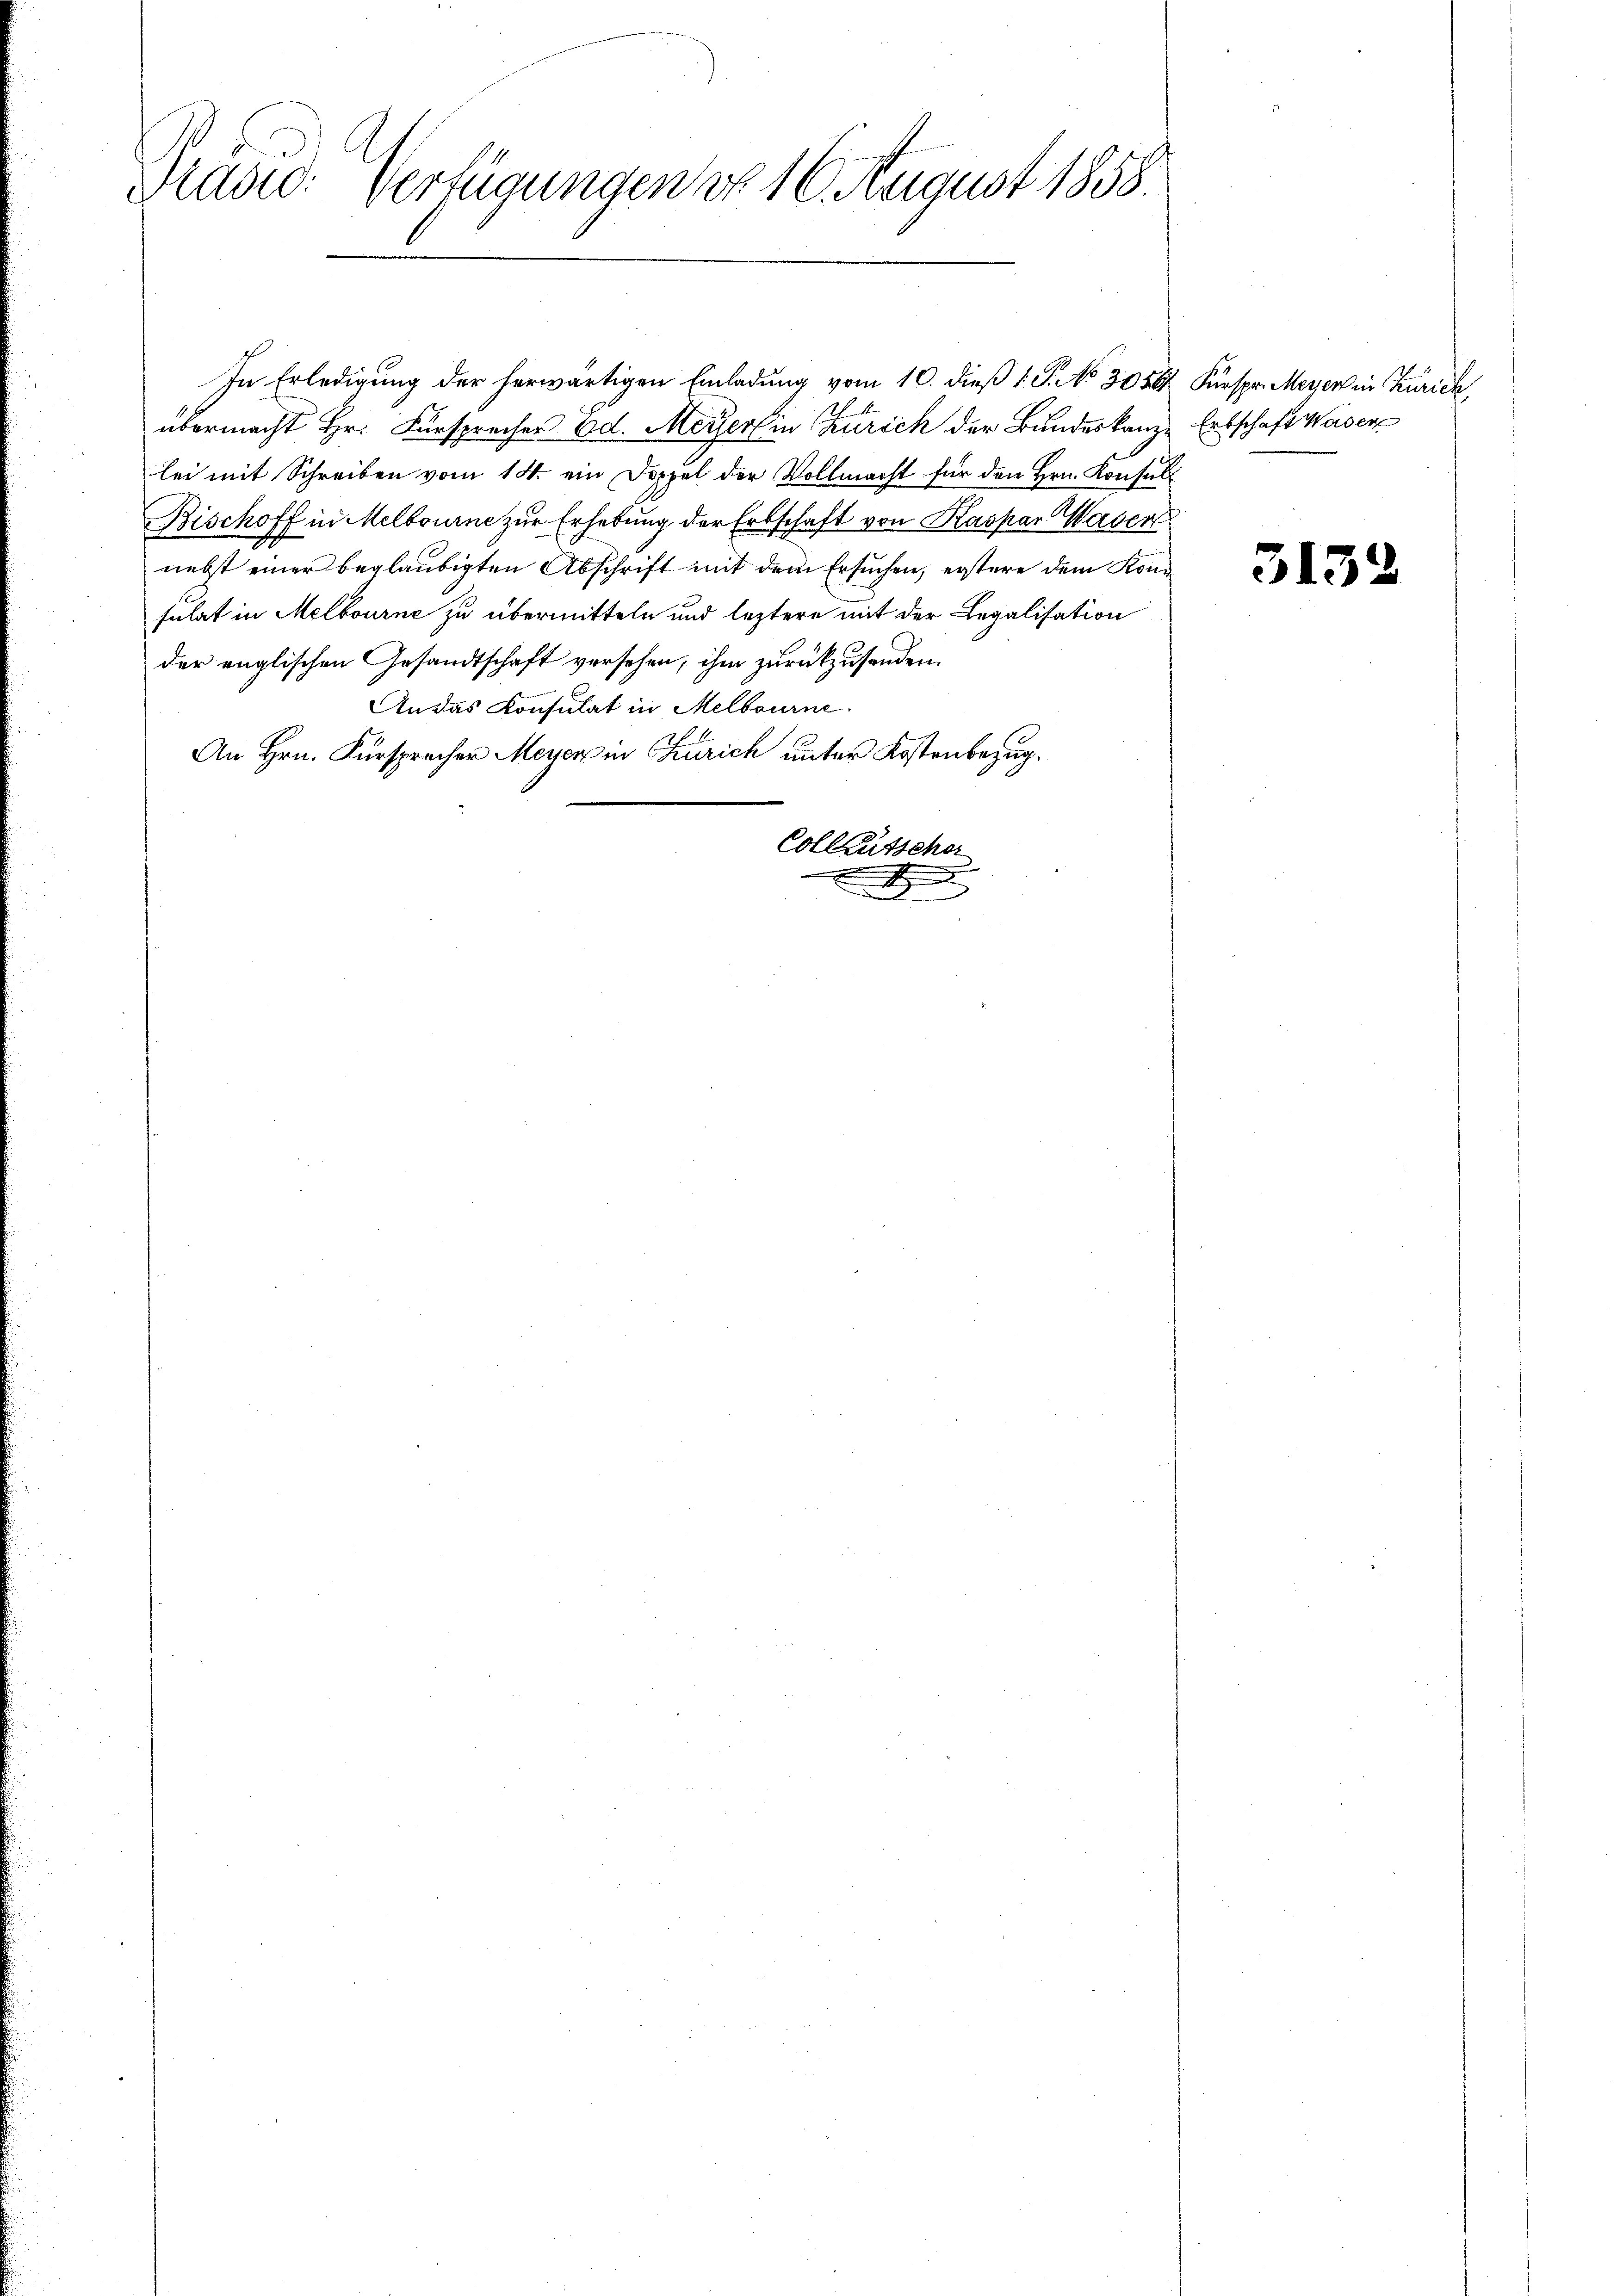
Graad: Verfügungen do 16. August 1858.

In Erledigung der herwärtigen Einladung vom 10. dieß 1. P. No 3056. Fürspr. Meyer in Zürich,
übermacht Hr. Fürsprecher Ed. Meyerlin Zürich der Bundeskanze Entschaft Waser
lei mit Schreiben vom 14. ein Doppel der Vollmacht für den Hrn. Konsult
Bischoff in Melbourne zur Erhebung der Erbschaft von Kaspar Waden
nebst einer beglaubigten Abschrift mit dem Ersuchen, erstere dem Konsulat in Melbourne zu übermitteln und leztere mit der Legalisation
der englischen Gesandtschaft versehen, ihm zurückzusenden.
An das Konsulat in Melbourne
An Hrn. Fürspracher Meyer in Zürich unter Kostenbezug¬
Colleutscher

313

.